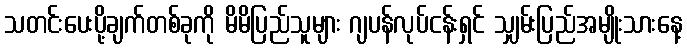
သတင်းပေးပို့ချက်တစ်ခုကို မိမိပြည်သူများ ဂျပန်လုပ်ငန်းရှင် သျှမ်းပြည်အမျိုးသားနေ့